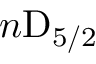
n \mathrm { D } _ { 5 / 2 }